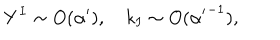
Y ^ { I } \sim O ( \alpha ^ { \prime } ) , \quad k _ { I } \sim O ( { \alpha ^ { \prime } } ^ { - 1 } ) ,